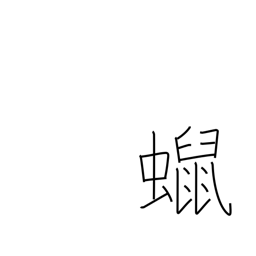
Meaning: candle